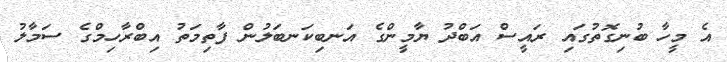
އެ މީހާ ބުނިގޮތުގައި ރައީސް އަބްދު ޔާމީންގެ އަނބިކަނބަލުން ފާތިމަތު އިބްރާހިމްގެ ސަމާލު